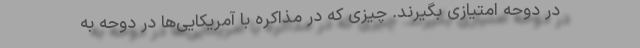
در دوحه امتیازی بگیرند. چیزی که در مذاکره با آمریکایی‌ها در دوحه به